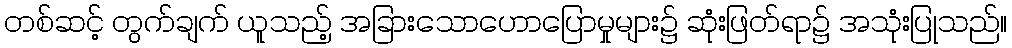
တစ်ဆင့် တွက်ချက် ယူသည့် အခြားသောဟောပြောမှုများ၌ ဆုံးဖြတ်ရာ၌ အသုံးပြုသည်။